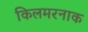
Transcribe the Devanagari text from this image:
किलमरनाक